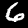
Digit: 6